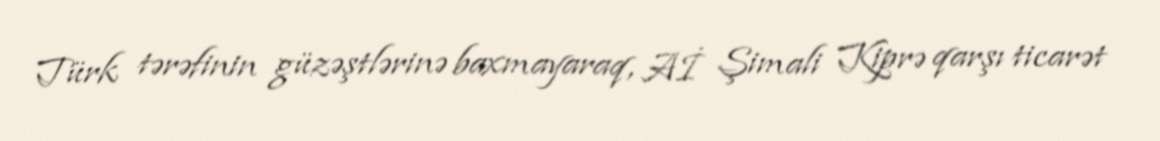
Türk tərəfinin güzəştlərinə baxmayaraq, Aİ Şimali Kiprə qarşı ticarət